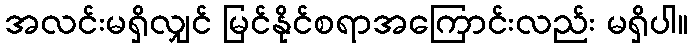
အလင်းမရှိလျှင် မြင်နိုင်စရာအကြောင်းလည်း မရှိပါ။